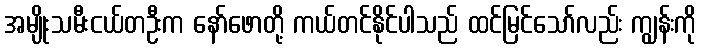
အမျိုးသမီးငယ်တဦးက နော်ဖောတို့ ကယ်တင်နိုင်ပါသည် ထင်မြင်သော်လည်း ကျွန်းကို